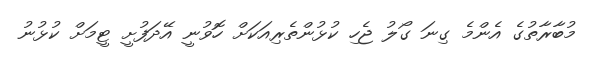
މުބާރާތުގެ އެންމެ ގިނަ ގޯލު ޖެހި ކުޅުންތެރިއަކަށް ހޮވުނީ އޭދަފުށީ ޓީމަށް ކުޅުނު